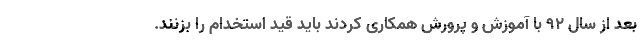
بعد از سال ۹۲ با آموزش و پرورش همکاری کردند باید قید استخدام را بزنند.